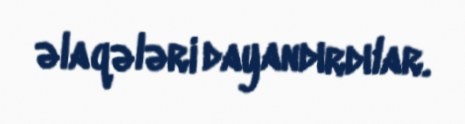
əlaqələri dayandırdılar.